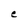
Character: e